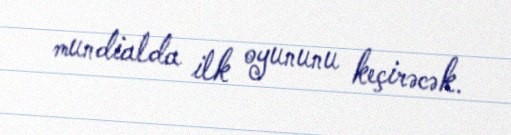
mundialda ilk oyununu keçirəcək.